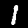
Digit: 1